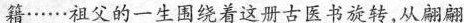
籍……祖父的一生围绕着这册古医书旋转，从翩翩